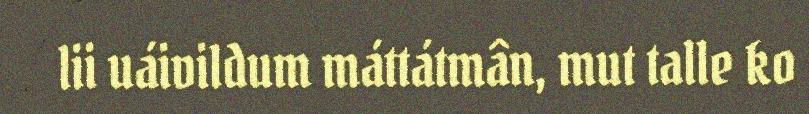
lii uáivildum máttátmân, mut talle ko